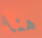
هنا